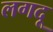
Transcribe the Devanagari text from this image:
लगदू